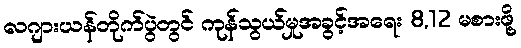
လဂျားယန်တိုက်ပွဲတွင် ကုန်သွယ်မှုအခွင့်အရေး 8,12 မစားဖို့